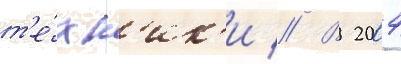
т'е́хн'ик'и // В 2004